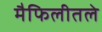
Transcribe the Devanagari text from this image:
मैफिलीतले